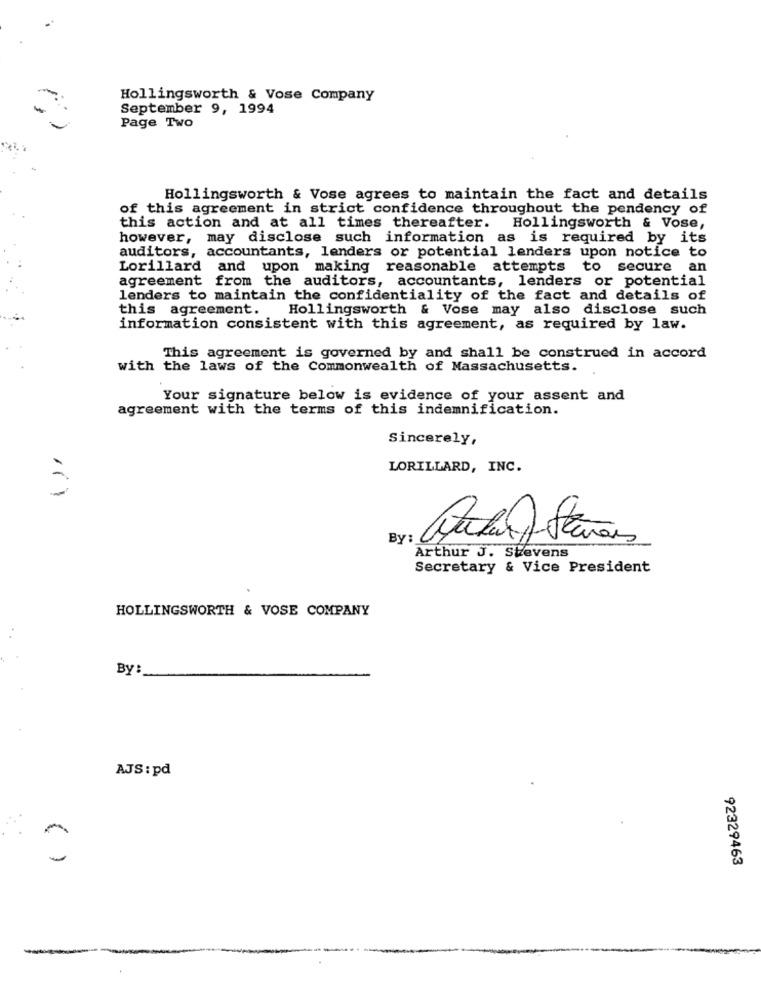
Hollingsworth & Vose Company
September 9, 1994
Page Two
Hollingsworth & Vose agrees to maintain the fact and details
of this agreement in strict confidence throughout the pendency of
this action and at all times thereafter.
Hollingsworth & Vose,
however, may disclose such information as is required by its
auditors, accountants, lenders or potential lenders upon notice to
Lorillard and upon making reasonable attempts to secure an
agreement from the auditors, accountants, lenders or potential
lenders to maintain the confidentiality of the fact and details of
this agreement. Hollingsworth & Vose may also disclose such
information consistent with this agreement, as required by law.
This agreement is governed by and shall be construed in accord
with the laws of the Commonwealth of Massachusetts.
Your signature below is evidence of your assent and
agreement with the terms of this indemnification.
Sincerely,
LORILLARD, INC.
By:
Arthur J. Stevens
Secretary & Vice President
HOLLINGSWORTH & VOSE COMPANY
By:
AJS : pd
(
92329463